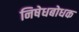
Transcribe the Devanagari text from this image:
निषेधबोधक